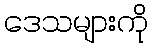
ဒေသများကို